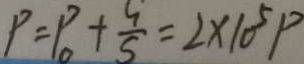
P = P _ { 0 } + \frac { G } { S } = 2 \times 1 0 ^ { 5 } P